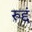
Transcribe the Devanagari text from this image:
रुद्दं